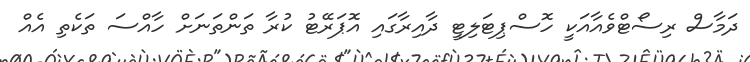
ދަމާސް ރިސޯޓްވެއާއަކީ ހޮސްޕިޓަލިޓީ ދާއިރާގައި އޮޕަރޭޓު ކުރާ ތަންތަނަށް ހާއްސަ ތަކެތި އެއް